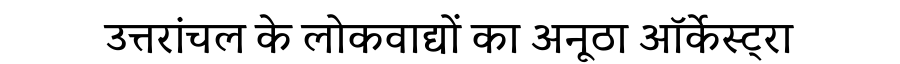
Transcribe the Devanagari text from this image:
उत्तरांचल के लोकवाद्यों का अनूठा ऑर्केस्ट्रा